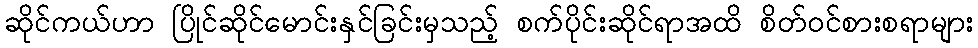
ဆိုင်ကယ်ဟာ ပြိုင်ဆိုင်မောင်းနှင်ခြင်းမှသည့် စက်ပိုင်းဆိုင်ရာအထိ စိတ်ဝင်စားစရာများ